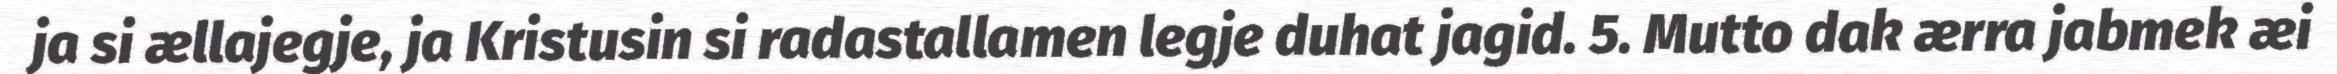
ja si ællajegje, ja Kristusin si radastallamen legje duhat jagid. 5. Mutto dak ærra jabmek æi